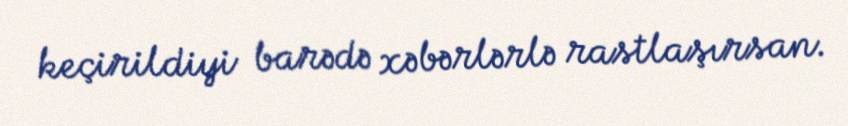
keçirildiyi barədə xəbərlərlə rastlaşırsan.